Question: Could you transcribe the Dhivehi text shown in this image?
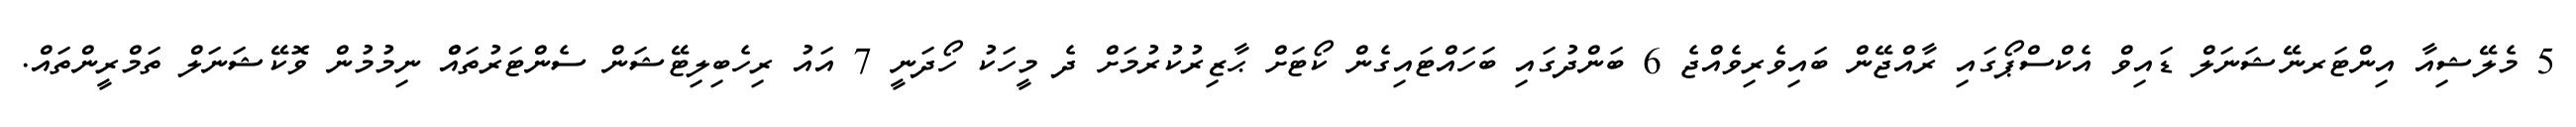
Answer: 5 މެލޭޝިއާ އިންޓަރނޭޝަނަލް ޑައިވް އެކްސްޕޯގައި ރާއްޖޭން ބައިވެރިވެއްޖެ 6 ބަންދުގައި ބަހައްޓައިގެން ކޯޓަށް ޙާޒިރުކުރުމަށް ދެ މީހަކު ހޯދަނީ 7 އައު ރިހެބިލިޓޭޝަން ސެންޓަރުތައްް ނިމުމުން ވޮކޭޝަނަލް ތަމްރީންތައް.